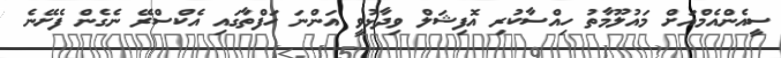
ސީއެންއެމްއަށް މައުލޫމާތު ހިއްސާކުރި އޮފިޝަލް ވިދާޅުވީ އަންނަ ހަފްތާގައި އެކްސްރޭ ނެގެން ފެށޭނެ